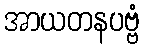
အာယတနပဗ္ဗံ